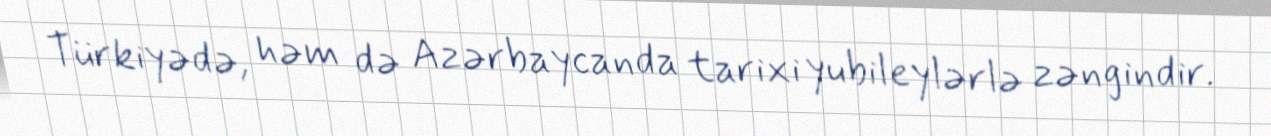
Türkiyədə, həm də Azərbaycanda tarixi yubileylərlə zəngindir.